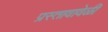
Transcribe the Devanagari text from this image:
प्रस्तावावेळी